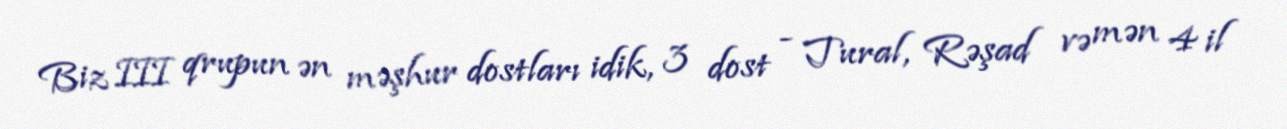
Biz III qrupun ən məşhur dostları idik, 3 dost - Tural, Rəşad və mən 4 il